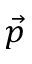
\vec { p }